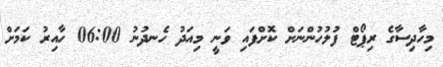
މިހާދިސާގެ ރިޕޯޓް ފުލުހުންނަށް ކޮށްފައި ވަނީ މިއަދު ހެނދުނު 06:00 ހާއިރު ކަމަށް